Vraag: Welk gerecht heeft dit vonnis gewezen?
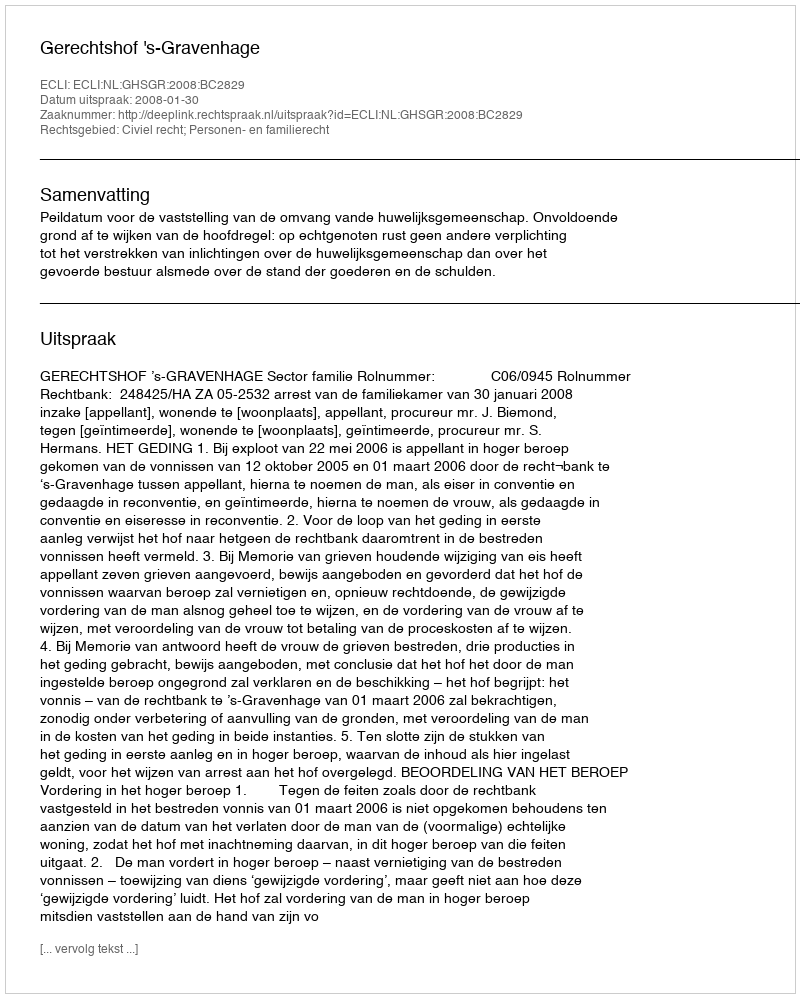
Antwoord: Gerechtshof 's-Gravenhage